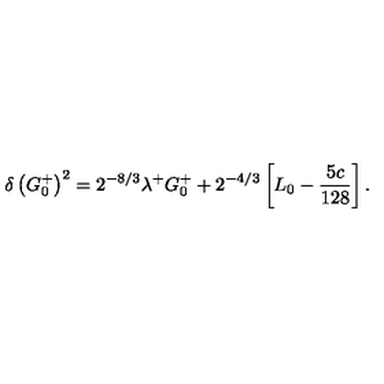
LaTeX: \delta \left( G _ { 0 } ^ { + } \right) ^ { 2 } = 2 ^ { - 8 / 3 } \lambda ^ { + } G _ { 0 } ^ { + } + 2 ^ { - 4 / 3 } \left[ L _ { 0 } - { \frac { 5 c } { 1 2 8 } } \right] .